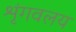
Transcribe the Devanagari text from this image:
शृंगवलय